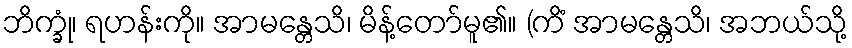
ဘိက္ခုံ၊ ရဟန်းကို။ အာမန္တေသိ၊ မိန့်တော်မူ၏။ (ကိံ အာမန္တေသိ၊ အဘယ်သို့